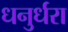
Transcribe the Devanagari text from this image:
धनुर्धरा